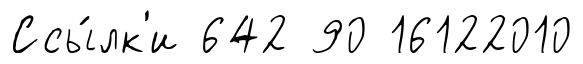
Ссы́лк'и 642 90 16122010